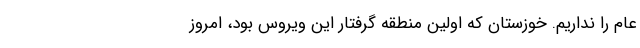
عام را نداریم. خوزستان که اولین منطقه گرفتار این ویروس بود، امروز